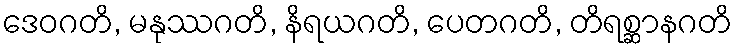
ဒေဝဂတိ, မနုဿဂတိ, နိရယဂတိ, ပေတဂတိ, တိရစ္ဆာနဂတိ